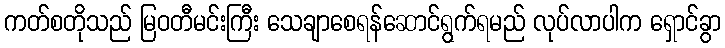
ကတ်စတိုသည် မြဝတီမင်းကြီး သေချာစေရန်ဆောင်ရွက်ရမည် လုပ်လာပါက ရှောင်ခွာ